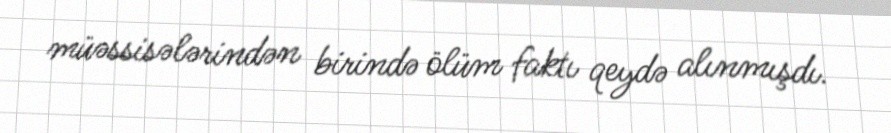
müəssisələrindən birində ölüm faktı qeydə alınmışdı.